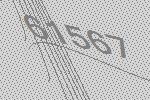
61567